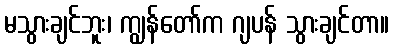
မသွားချင်ဘူး၊ ကျွန်တော်က ဂျပန် သွားချင်တာ။